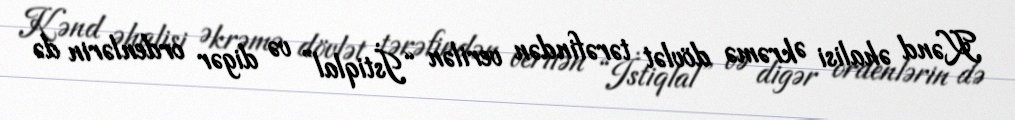
Kənd əhalisi Əkrəmə dövlət tərəfindən verilən “İstiqlal” və digər ordenlərin də